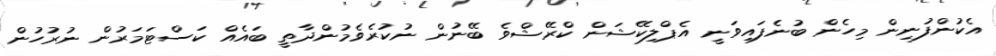
އެކުންފުނިން މިހެން ބުނެފައިވަނީ އެޕްލިކޭޝަން ކްރޭޝްވެ ބޭނުން ނުކުރެވެމުންދާތީ ބައެއް ކަސްޓަމަރުން ނުރުހުން